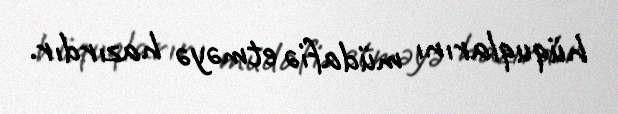
hüquqlarını müdafiə etməyə hazırdır.